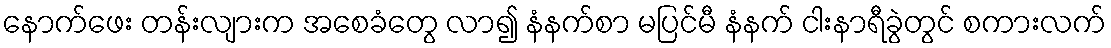
နောက်ဖေး တန်းလျားက အစေခံတွေ လာ၍ နံနက်စာ မပြင်မီ နံနက် ငါးနာရီခွဲတွင် စကားလက်